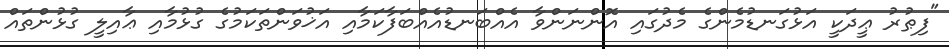
"ފިޠުރު ޢީދަކީ އަޅުގަނޑުމެންގެ މެދުގައި އޮންނަންވާ އެއްބަނޑުއެއްބަފާކަމާއި އަޚުވަންތަކަމުގެ ގުޅުމާއި ޢާއިލީ ގުޅުންތައް